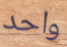
واحد